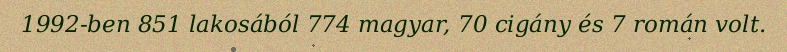
1992-ben 851 lakosából 774 magyar, 70 cigány és 7 román volt.